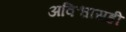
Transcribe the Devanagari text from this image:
अविश्वासही